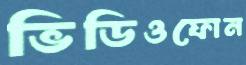
ভিডিওফোন